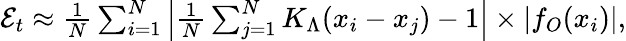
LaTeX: \begin{array}{r}{{\cal{E}}_{t}\approx\frac{1}{N}\sum_{i=1}^{N}\left|\frac{1}{N}\sum_{j=1}^{N}K_{\Lambda}(x_{i}-x_{j})-1\right|\times\left|f_{O}(x_{i})\right|,}\end{array}